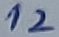
Text: 12